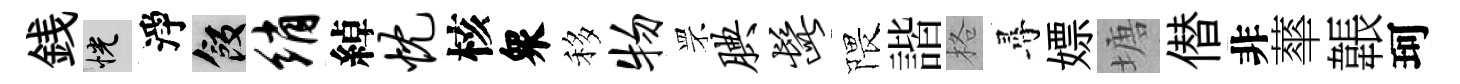
銭恍淨飯绡綽忱核衆移物罘腆髭隈諧格尋嫖塘僣非蕐韔珂